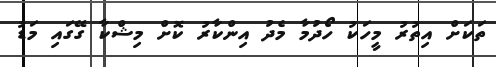
ތަކަށް އިތުރު މީހަކު ހޯދުމާ މެދު އިންކާރު ކޮށް މިޝްކާ ގޭގައި މަޑު